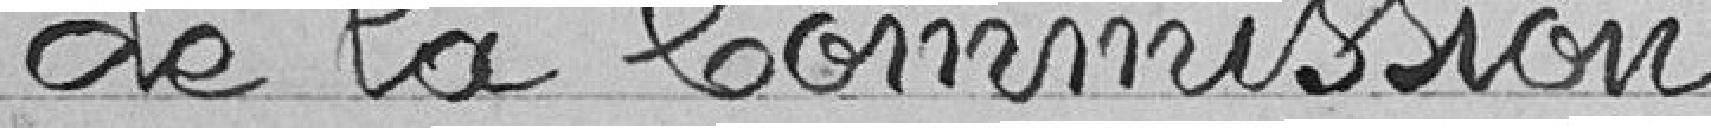
de la commission